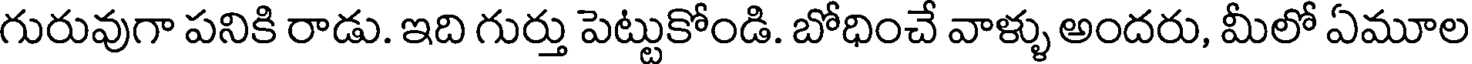
గురువుగా పనికి రాడు. ఇది గుర్తు పెట్టుకోండి. బోధించే వాళ్ళు అందరు, మీలో ఏమూల